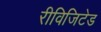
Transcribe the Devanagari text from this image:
रीविजिटेड